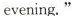
evening."